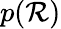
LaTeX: p(\mathcal{R})